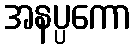
အနပ္ပကော